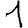
Digit: 1